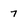
Character: 7